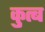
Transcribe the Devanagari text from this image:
कुत्ब